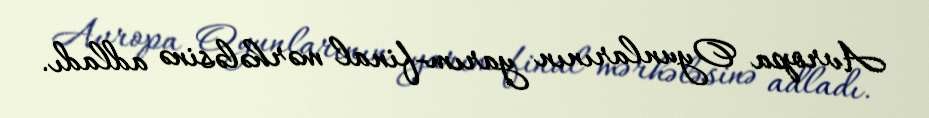
Avropa Oyunlarının yarım-final mərhələsinə adladı.